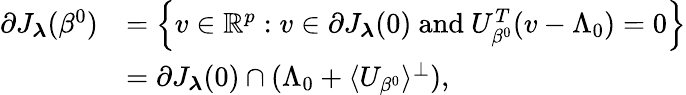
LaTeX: \begin{array}{rl}{\partial J_{\boldsymbol{\lambda}}(\beta^{0})}&{=\left\{ v\in\mathbb{R}^{p}:v\in\partial J_{\boldsymbol{\lambda}}(0)\mathrm{~and~}U_{\beta^{0}}^{T}(v-\Lambda_{0})=0\right\} }\\ &{=\partial J_{\boldsymbol{\lambda}}(0)\cap(\Lambda_{0}+\langle U_{\beta^{0}}\rangle^{\perp}),}\end{array}